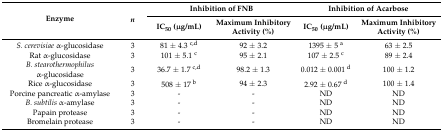
<table><thead><tr><td rowspan="2"><b>Enzyme</b></td><td rowspan="2"><b><i>n</i></b></td><td colspan="2"><b>Inhibition of FNB</b></td><td colspan="2"><b>Inhibition of Acarbose</b></td></tr><tr><td><b>IC<sub>50</sub> (μg/mL)</b></td><td><b>Maximum Inhibitory Activity (%)</b></td><td><b>IC<sub>50</sub> (μg/mL)</b></td><td><b>Maximum Inhibitory Activity (%)</b></td></tr></thead><tbody><tr><td><i>S. cerevisiae</i> α-glucosidase</td><td>3</td><td>81 ± 4.3 <sup>c,d</sup></td><td>92 ± 3.2</td><td>1395 ± 5 <sup>a</sup></td><td>63 ± 2.5</td></tr><tr><td>Rat α-glucosidase</td><td>3</td><td>101 ± 5.1 <sup>c</sup></td><td>95 ± 2.1</td><td>107 ± 2.5 <sup>c</sup></td><td>89 ± 2.4</td></tr><tr><td><i>B. stearothermophilus</i> α-glucosidase</td><td>3</td><td>36.7 ± 1.7 <sup>c,d</sup></td><td>98.2 ± 1.3</td><td>0.012 ± 0.001 <sup>d</sup></td><td>100 ± 1.2</td></tr><tr><td>Rice α-glucosidase</td><td>3</td><td>508 ± 17 <sup>b</sup></td><td>94 ± 2.3</td><td>2.92 ± 0.67 <sup>d</sup></td><td>100 ± 1.4</td></tr><tr><td>Porcine pancreatic α-amylase</td><td>3</td><td>-</td><td>-</td><td>ND</td><td>ND</td></tr><tr><td><i>B. subtilis</i> α-amylase</td><td>3</td><td>-</td><td>-</td><td>ND</td><td>ND</td></tr><tr><td>Papain protease</td><td>3</td><td>-</td><td>-</td><td>ND</td><td>ND</td></tr><tr><td>Bromelain protease</td><td>3</td><td>-</td><td>-</td><td>ND</td><td>ND</td></tr></tbody></table>